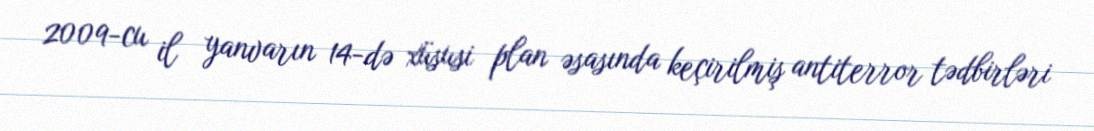
2009-cu il yanvarın 14-də xüsusi plan əsasında keçirilmiş antiterror tədbirləri